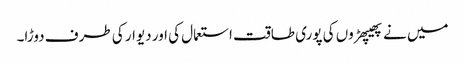
میں نے پھیپھڑوں کی پوری طاقت استعمال کی اور دیوار کی طرف دوڑا۔